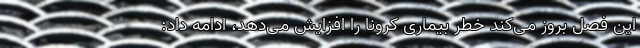
این فصل بروز می‌کند خطر بیماری کرونا را افزایش می‌دهد، ادامه داد:‌